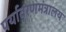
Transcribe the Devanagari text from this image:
पर्यावरणमंत्रालय